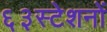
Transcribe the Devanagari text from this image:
६३स्टेशनों